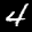
Label: 4